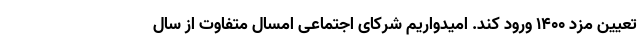
تعیین مزد ۱۴۰۰ ورود کند. امیدواریم شرکای اجتماعی امسال متفاوت از سال